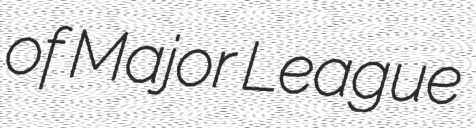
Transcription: of Major League